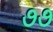
૭૭